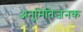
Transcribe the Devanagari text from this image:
अनुमितिजनक